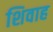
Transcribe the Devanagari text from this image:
शिवाह